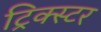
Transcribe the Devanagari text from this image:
ट्रिक्स्टर